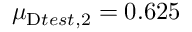
\mu _ { \mathrm { Ḋ } t e s t Ḍ , 2 } = 0 . 6 2 5